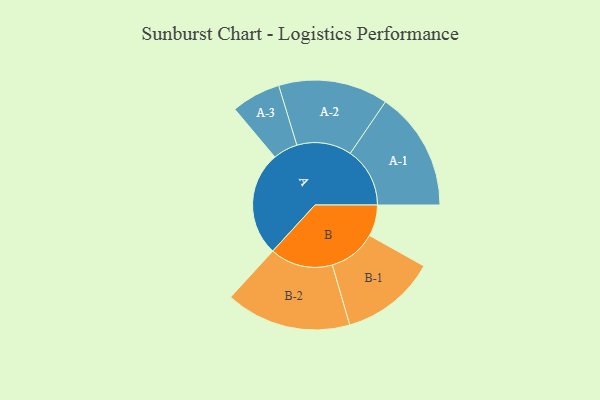
{"axis": {"x": "Segment", "y": "Value"}, "legend": ["", "A", "B"], "data": [{"x": "A", "y": 457, "type": ""}, {"x": "B", "y": 137, "type": ""}, {"x": "A-1", "y": 261, "type": "A"}, {"x": "A-2", "y": 240, "type": "A"}, {"x": "A-3", "y": 108, "type": "A"}, {"x": "B-1", "y": 209, "type": "B"}, {"x": "B-2", "y": 275, "type": "B"}]}